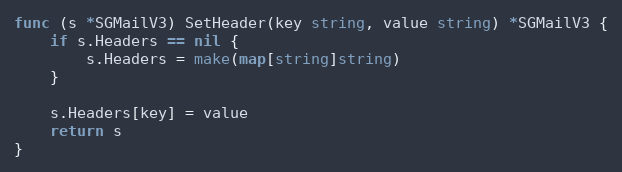
Language: Go
func (s *SGMailV3) SetHeader(key string, value string) *SGMailV3 {
	if s.Headers == nil {
		s.Headers = make(map[string]string)
	}

	s.Headers[key] = value
	return s
}